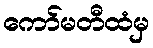
ကော်မတီထံမှ